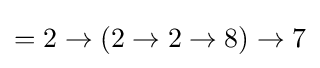
=2\to (2\to 2\to 8)\to 7